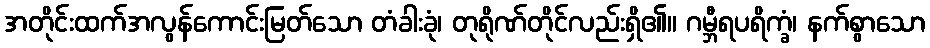
အတိုင်းထက်အလွန်ကောင်းမြတ်သော တံခါးခုံ၊ တုရိုဏ်တိုင်လည်းရှိ၏။ ဂမ္ဘီရပရိက္ခံ၊ နက်စွာသော